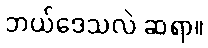
ဘယ်ဒေသလဲ ဆရာ။